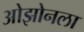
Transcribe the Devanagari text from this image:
ओझोनला